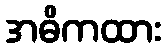
အဓိကထား